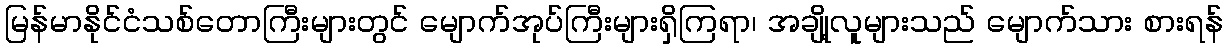
မြန်မာနိုင်ငံသစ်တောကြီးများတွင် မျောက်အုပ်ကြီးများရှိကြရာ၊ အချို့လူများသည် မျောက်သား စားရန်